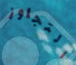
التجاوز